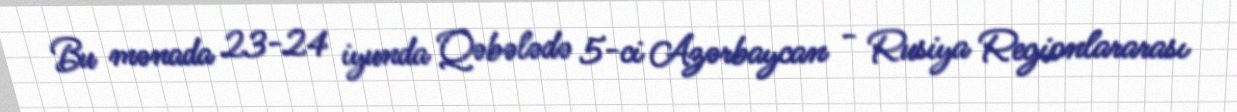
Bu mənada 23-24 iyunda Qəbələdə 5-ci Azərbaycan - Rusiya Regionlararası